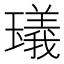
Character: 𤩺